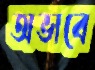
অভাবে